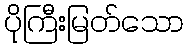
ပိုကြီးမြတ်သော